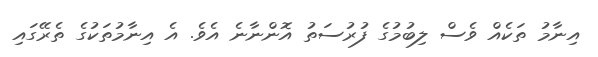
އިނާމު ތަކެއް ވެސް ލިބުމުގެ ފުރުސަތު އޮންނާނެ އެވެ. އެ އިނާމުތަކުގެ ތެރޭގައި